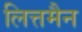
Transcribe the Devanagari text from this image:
लित्तमैन